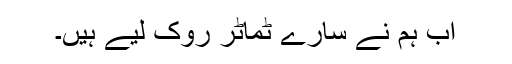
اب ہم نے سارے ٹماٹر روک لیے ہیں۔